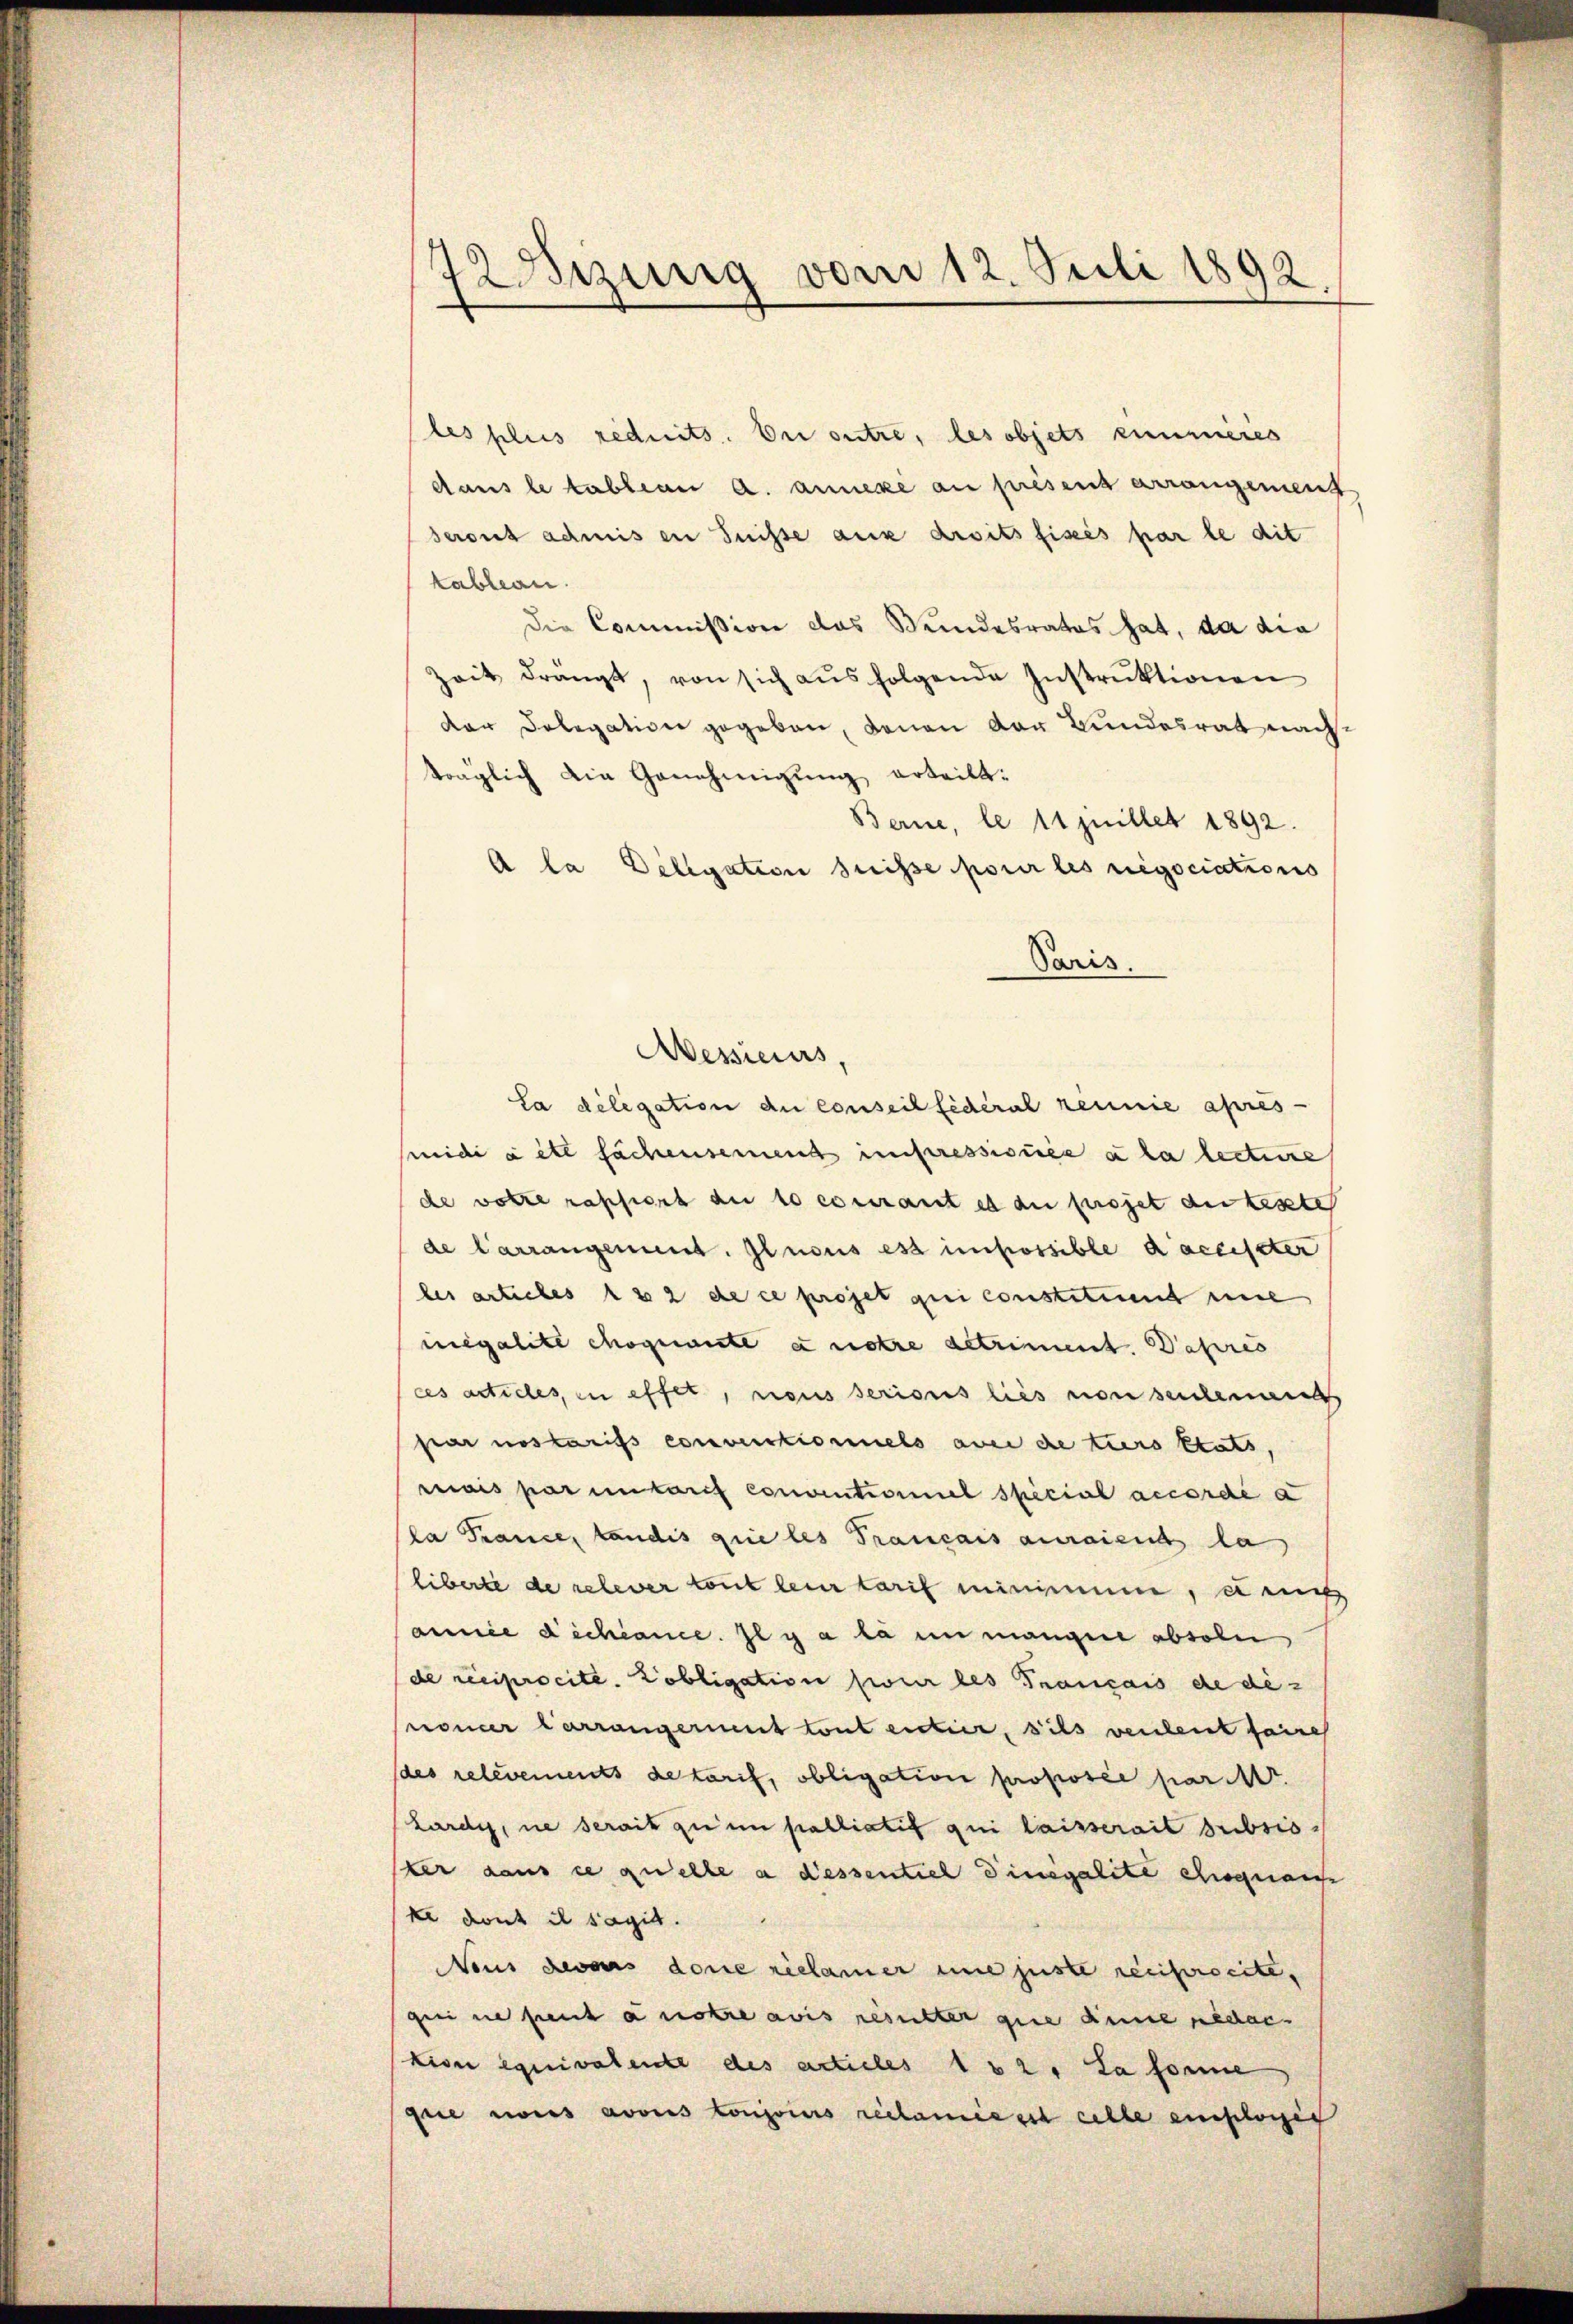
72Bizinig vom 12. Juli 1892.

les plus rednits. Der outre, les objets eimmeres
dans le tablian a. annexe au presens arrangement
seront admis in Suisse aux droits fixés par le dit
kableau.
die Commission das Wundesrates hat, da die
zeit drängt, von sich aŭsfolgende Instruktionen
dar Delegation gegeben, denen der Bundesrat nachträglich die Genehmigŭng erteilt:
Berne, le 11 Juillet 1892.
A la Delegation suisse pour les regociations
Paris
Aessieurs,
La delegation du conseil fédéral reinie apres-
mide à etc fachensement unseressionie a la lectire
de votre raffiert an 10 courant es au projet au teste
de Carrangement. Glarus est impossible d’acciseter
les articles 132 de ce projet qui constituent eine
megalite chogicante et notre getriment. Depres
ces articles in effet, nous serious lies non seitenan
Par notarifs conventionnels aber die tiers klats.
mais par untarif conventioniel special accordé a
la France, tandis que les Français auraient la
liberte de relever tout leur tarif minimum, einig
amnice dichiance. Il y a la in mangere absolu
de reciprocite. Pobligation hier les Trancais de di-
roncer Carrangernent tout citier, ils verleist seine
des relevements detarif, obligation proposée part
Lardy, ne serait zu in palliatif qui laisserait subsis
ster dans ce quelle a dessentich Dinegalite ehegnau
ke dont il sagit.
Nous devais done réclamer eine juste reciprocite,
gei ne peut anore avis resister que anne gedac
tion équivalente des articles 182. La sonne
fie es avoies toujours reclamisest celle einslosig